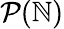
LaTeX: {\mathcal{P}}(\mathbb{N})